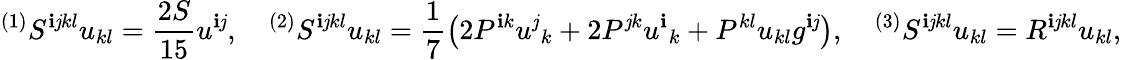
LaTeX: {}^{(1)}S^{\mathbf{i}\mathit{j}kl}u_{kl}=\frac{{2S}}{{15}}u^{\mathbf{i}\mathit{j}},\quad{}^{(2)}S^{\mathbf{i}\mathit{j}kl}u_{kl}=\frac{1}{7}\left(2P^{\mathbf{i}k}u^{\mathit{j}}{}_{k}+2P^{\mathit{j}k}u^{\mathbf{i}}{}_{k}+P^{kl}u_{kl}g^{\mathbf{i}\mathit{j}}\right),\quad{}^{(3)}S^{\mathbf{i}\mathit{j}kl}u_{kl}=R^{\mathbf{i}\mathit{j}kl}u_{kl},